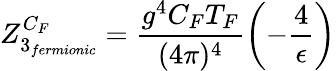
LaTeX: Z_{3_{fermionic}}^{C_{F}}=\frac{g^{4}C_{F}T_{F}}{(4\pi)^{4}}\left(-\frac{4}{\epsilon}\right)